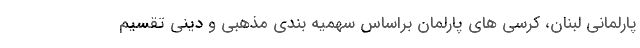
پارلمانی لبنان، کرسی های پارلمان براساس سهمیه بندی مذهبی و دینی تقسیم